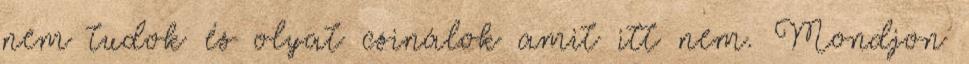
nem tudok és olyat csinálok amit itt nem. Mondjon